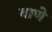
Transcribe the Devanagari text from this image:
बाणे